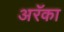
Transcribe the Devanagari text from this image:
अरॅका